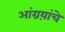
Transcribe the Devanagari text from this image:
आंग्रय़ांचे